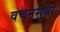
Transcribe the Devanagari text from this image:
वचनसुधा